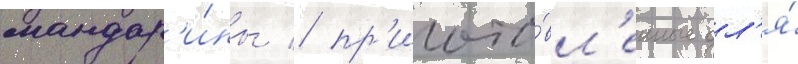
мандар'и́ны / пр'игото́вл'енные дл'я́